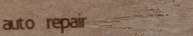
auto repair